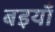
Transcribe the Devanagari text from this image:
बइयाँ